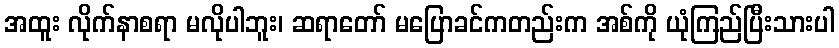
အထူး လိုက်နာစရာ မလိုပါဘူး၊ ဆရာတော် မပြောခင်ကတည်းက အစ်ကို ယုံကြည်ပြီးသားပါ